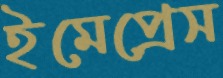
ইমেপ্রেস